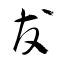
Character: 友